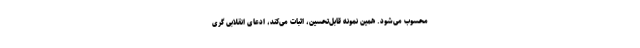
محسوب می‌شود. همین نمونه قابل‌تحسین، اثبات می‌کند، ادعای انقلابی گری